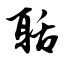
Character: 聒